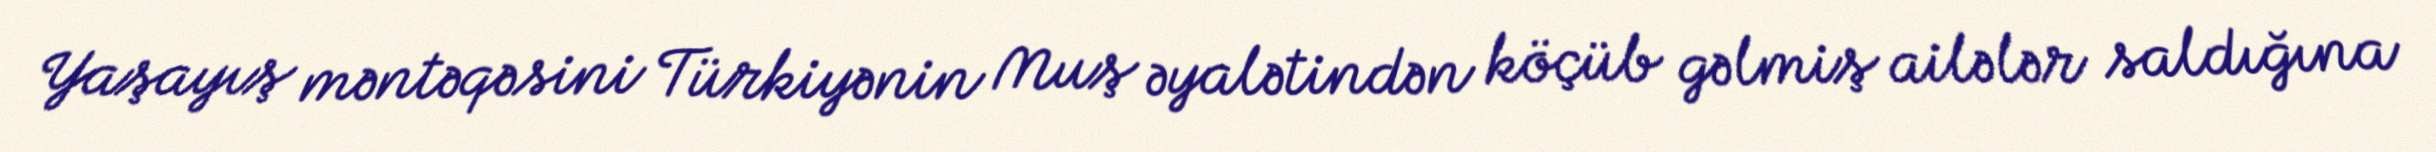
Yaşayış məntəqəsini Türkiyənin Muş əyalətindən köçüb gəlmiş ailələr saldığına